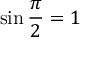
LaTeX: \sin { \frac { \pi } { 2 } } = 1